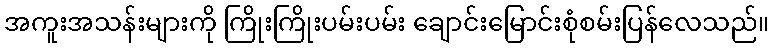
အကူးအသန်းများကို ကြိုးကြိုးပမ်းပမ်း ချောင်းမြောင်းစုံစမ်းပြန်လေသည်။